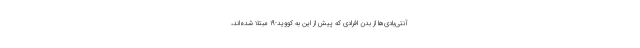
آنتی‌بادی‌ها از بدن افرادی که پیش از این به کووید-۱۹ مبتلا شده‌اند،